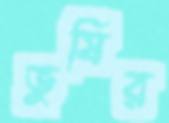
ভুষির